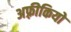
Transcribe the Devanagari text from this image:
अफ़्रीकियो